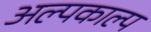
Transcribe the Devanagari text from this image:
अल्पकाल्प